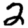
Digit: 2